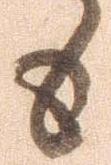
も